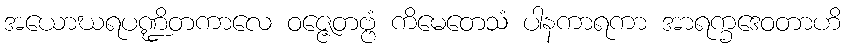
အယောဃရပဏ္ဍိတကာလေ ဝဇ္ဇေတဗ္ဗံ ကိမေတေသံ ပါနကာရကာ အာရက္ခဒေဝတာဟိ